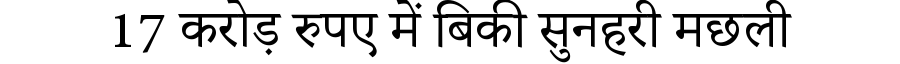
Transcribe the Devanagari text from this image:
17 करोड़ रुपए में बिकी सुनहरी मछली